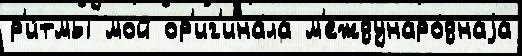
р'и́тмы мой ор'иг'ина́ла м'еждунаро́днаjа